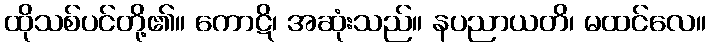
ထိုသစ်ပင်တို့၏။ ကောဋိ၊ အဆုံးသည်။ နပညာယတိ၊ မထင်လေ။